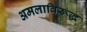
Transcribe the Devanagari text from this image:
अमलाविरूद्ध